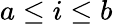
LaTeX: a\leq i\leq b